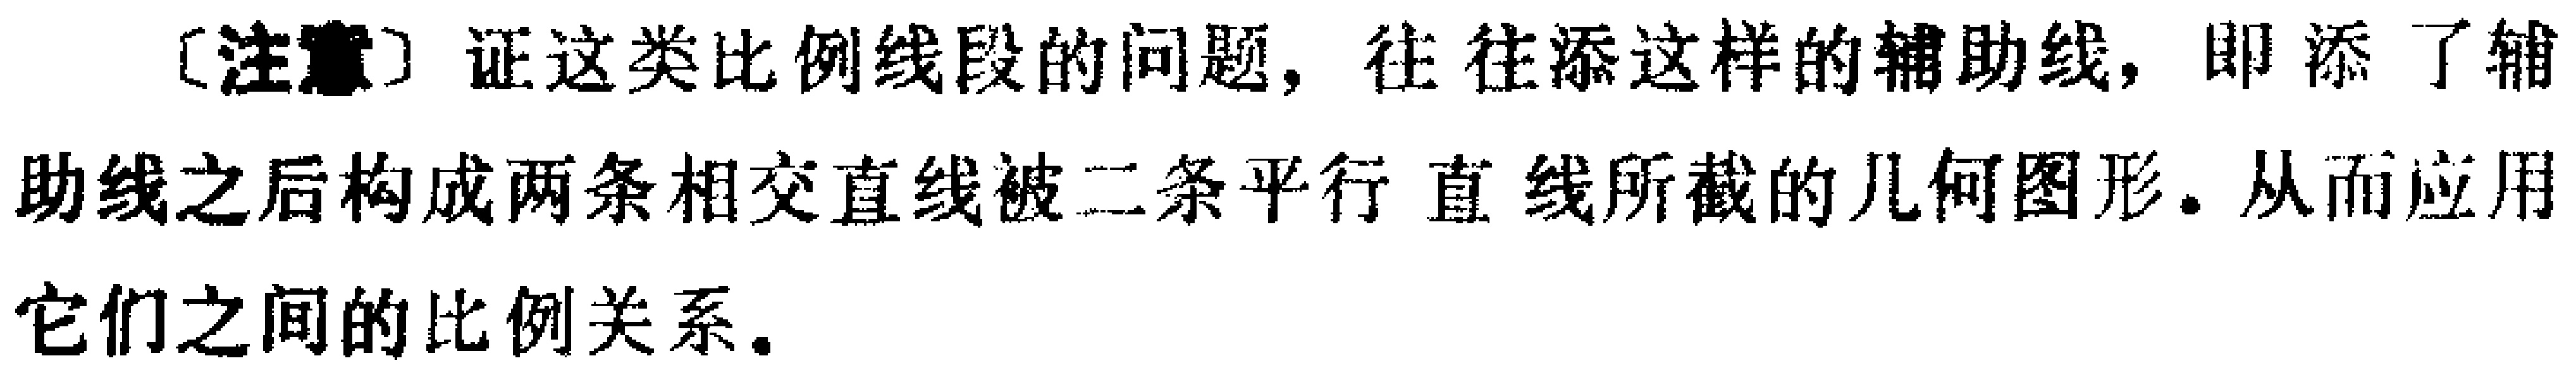
[注意] 证这类比例线段的问题，往往添这样的辅助线，即添了辅助线之后构成两条相交直线被二条平行直线所截的几何图形。从而应用它们之间的比例关系。